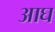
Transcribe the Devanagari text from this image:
आघ